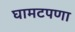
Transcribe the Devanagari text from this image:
घामटपणा